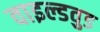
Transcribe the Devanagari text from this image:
वाइल्डवुड